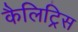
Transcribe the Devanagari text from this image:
कैलिट्रिस